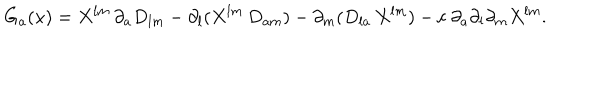
LaTeX: { G } _ { a } ( x ) = X ^ { l m } \, \partial _ { a } D _ { l m } - \partial _ { l } ( X ^ { l m } \, D _ { a m } ) - \partial _ { m } ( D _ { l a } \, X ^ { l m } ) - c ~ \partial _ { a } \partial _ { l } \partial _ { m } X ^ { l m } .